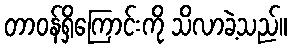
တာဝန်ရှိကြောင်းကို သိလာခဲ့သည်။